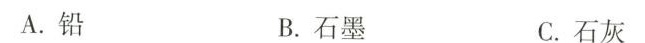
A.铅 B.石墨 C.石灰